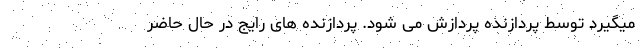
میگیرد توسط پردازنده پردازش می شود. پردازنده های رایج در حال حاضر